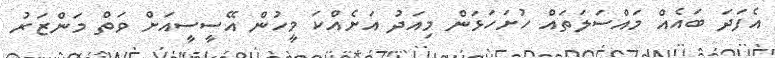
އެފަދަ ބައެއް މައްސަލަތައް ހުށަހަޅަން މިއަދު އަށެއްކަ މީހުން އޭސީސީއަށް ވަތް މަންޒަރު